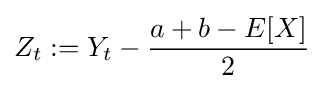
Z_{t}:=Y_{t}-{\frac {a+b-E[X]}{2}}